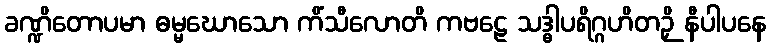
ခဏ္ဍိတောပမာ ဓမ္မဃောသော ကိံသီလောတိ ကဗဠေ သဒ္ဓါပရိဂ္ဂဟိတဉှိ နီပါပနေ